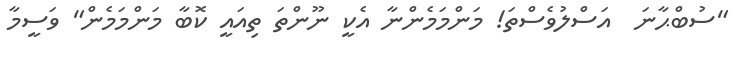
"ސުބްޙާނަ  އަސްލުވެސްތަ! މަންމަމެންނާ އެކީ ނޫންތަ ތިއައީ ކޮބާ މަންމަމެން" ވަސީމާ